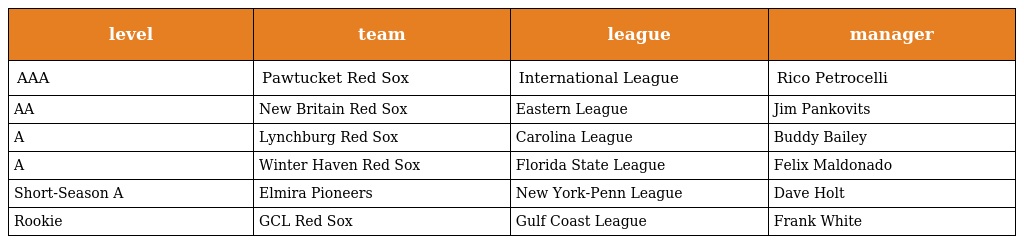
| level | team | league | manager |
 | --- | --- | --- | --- |
 | AAA | Pawtucket Red Sox | International League | Rico Petrocelli |
 | AA | New Britain Red Sox | Eastern League | Jim Pankovits |
 | A | Lynchburg Red Sox | Carolina League | Buddy Bailey |
 | A | Winter Haven Red Sox | Florida State League | Felix Maldonado |
 | Short-Season A | Elmira Pioneers | New York-Penn League | Dave Holt |
 | Rookie | GCL Red Sox | Gulf Coast League | Frank White |